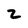
Character: 2